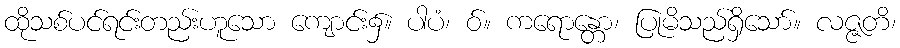
ထိုသစ်ပင်ရင်းတည်းဟူသော ကျောင်း၌။ ပါပံ၊ ဝ်။ ကရောန္တော၊ ပြုမိသည်ရှိသော်။ လဇ္ဇတိ၊